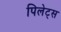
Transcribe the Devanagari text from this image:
पिलेट्स